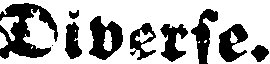
Diverse.